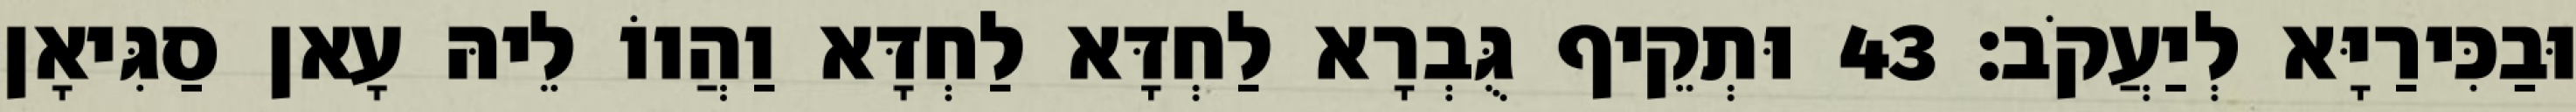
וּבַכִּירַיָּא לְיַעֲקֹב׃ 43 וּתְקֵיף גֻּבְרָא לַחְדָּא לַחְדָּא וַהֲווֹ לֵיהּ עָאן סַגִּיאָן